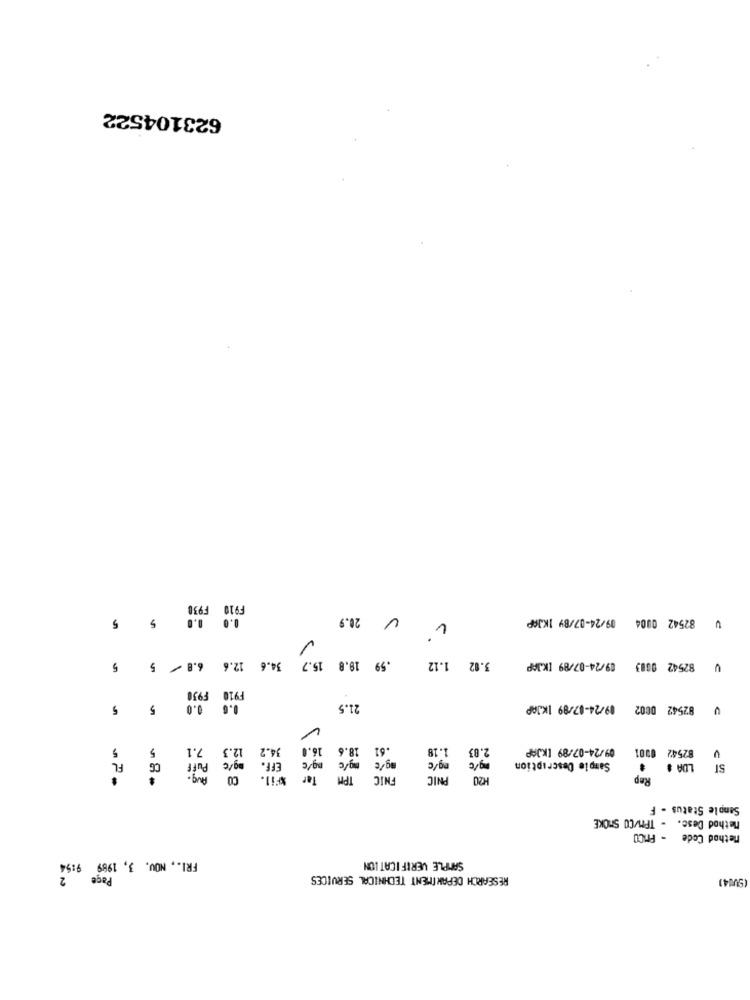
623104522
F930
V 20.9
V 82542 0004 09/24-07/84 1KJØP
15.7 34.6 12.6 6.8 / 5 5
.59 19.8
3.02 1.12
09/24-07/89 [KJAP
82542 0603
F910 F930
0.5 0.0 5 5
21.5
09/24-07/89 1KJAP
82542 0002
C
5
5
7.1
12.3
34.2
16.0
18.6
.61
1.18
2.83
09/24-07/89 [KJAP
82542 0001
FL
Puff
ag/c
EFF.
ng/c
ng/c
Avg.
mg/c
g/c
Sample Description
LDA #
SI
CO
%Fil.
Tar
TPM
FNIC
PNIC
Rep
Sample Status - F
Method Desc. - TPM/CO SMOKE
Method Code - PriCO
9:54
FRI ., NOV. 3, 1999
SAMPLE VERIFICATION
RESEARCH DEPARTMENT TECHNICAL SERVICES